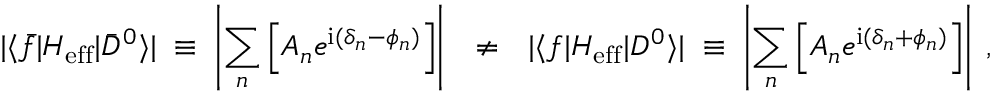
| \langle \bar { f } | { \cal H } _ { \mathrm { e f f } } | \bar { D } ^ { 0 } \rangle | \; \equiv \; \left| \sum _ { n } \left[ A _ { n } e ^ { \mathrm { i } ( \delta _ { n } - \phi _ { n } ) } \right] \right| ~ ~ \neq ~ ~ | \langle f | { \cal H } _ { \mathrm { e f f } } | D ^ { 0 } \rangle | \; \equiv \; \left| \sum _ { n } \left[ A _ { n } e ^ { \mathrm { i } ( \delta _ { n } + \phi _ { n } ) } \right] \right| \; ,